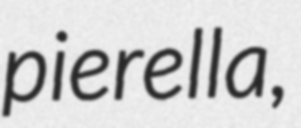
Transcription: pierella,